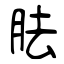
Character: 胠